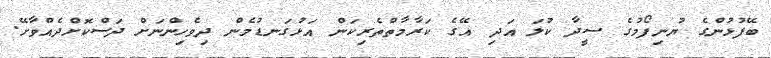
ބޭފުޅުންގެ ޔުނިފޯމުގެ ސީދާ ކުލަ އަދި އޭގެ ކަރާމާތްތެރިކަން އަޅުގަނޑުމެން ދިވެހިންނަށް ދަސްކޮށްދެއްވާށޭ.